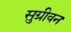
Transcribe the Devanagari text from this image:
सुग्रीवन